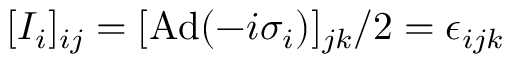
[ I _ { i } ] _ { i j } = [ \mathrm { A d } ( - i \sigma _ { i } ) ] _ { j k } / 2 = \epsilon _ { i j k }